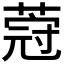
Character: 𦵤